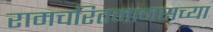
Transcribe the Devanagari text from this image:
रामचरितमानसच्या